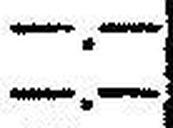
—.—